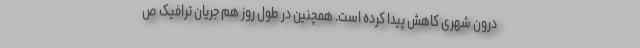
درون شهری کاهش پیدا کرده است. همچنین در طول روز هم جریان ترافیک ص